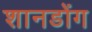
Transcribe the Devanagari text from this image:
शानडोंग